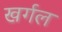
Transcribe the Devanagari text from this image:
खर्गल